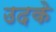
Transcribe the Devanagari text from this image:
उदके